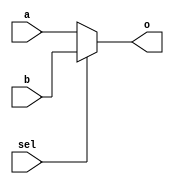
//# Mutiplexer 2 to 1
//
// generic multiplexer with parametric data width
//
//
// param[in]    sel select with input will be directed to output 'o'
// param[in]    a   input a
// param[in]    b   input b
// param[out]   o   output data

module mux2to1
#(
  parameter DATA_WIDTH = 0
)
(
  input  wire                   sel, 
  input  wire[DATA_WIDTH-1:0]   a, b,
  output reg[DATA_WIDTH-1:0]    o
);

  always@(*)
  begin
    if (sel) begin
      o = b;
    end
    else
    begin
      o = a;
    end
  end
endmodule